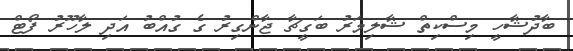
ބާދުޝާހީ މިސްކިތް ޝާލިމަރު ބަގީޗާ ޖާންގިރު ގެ ގުއްބު އަދި ލާހޫރު ފޯޓް